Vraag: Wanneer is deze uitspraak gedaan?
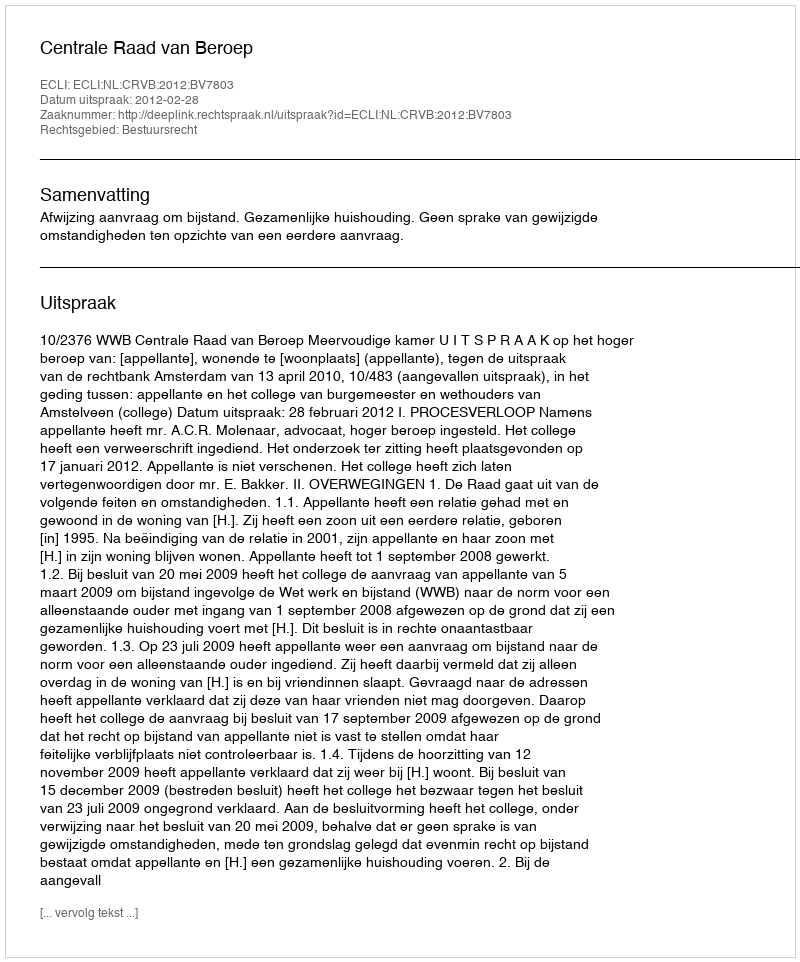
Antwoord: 2012-02-28